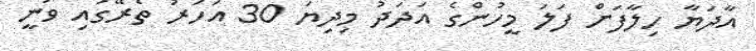
އާދަޔާ ހިލާފަށް ފަލަ މީހުންގެ އަދަދު މިދިޔަ 30 އަހަރު ތެރޭގައި ވަނީ